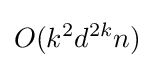
O(k^{2}d^{2k}n)